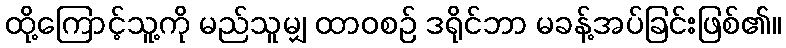
ထို့ကြောင့်သူ့ကို မည်သူမျှ ထာဝစဉ် ဒရိုင်ဘာ မခန့်အပ်ခြင်းဖြစ်၏။